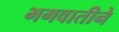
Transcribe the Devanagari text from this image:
भगवातीने